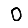
Digit: 0